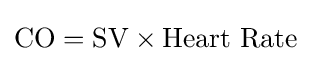
{\text{CO}}={\text{SV}}\times {\text{Heart Rate}}